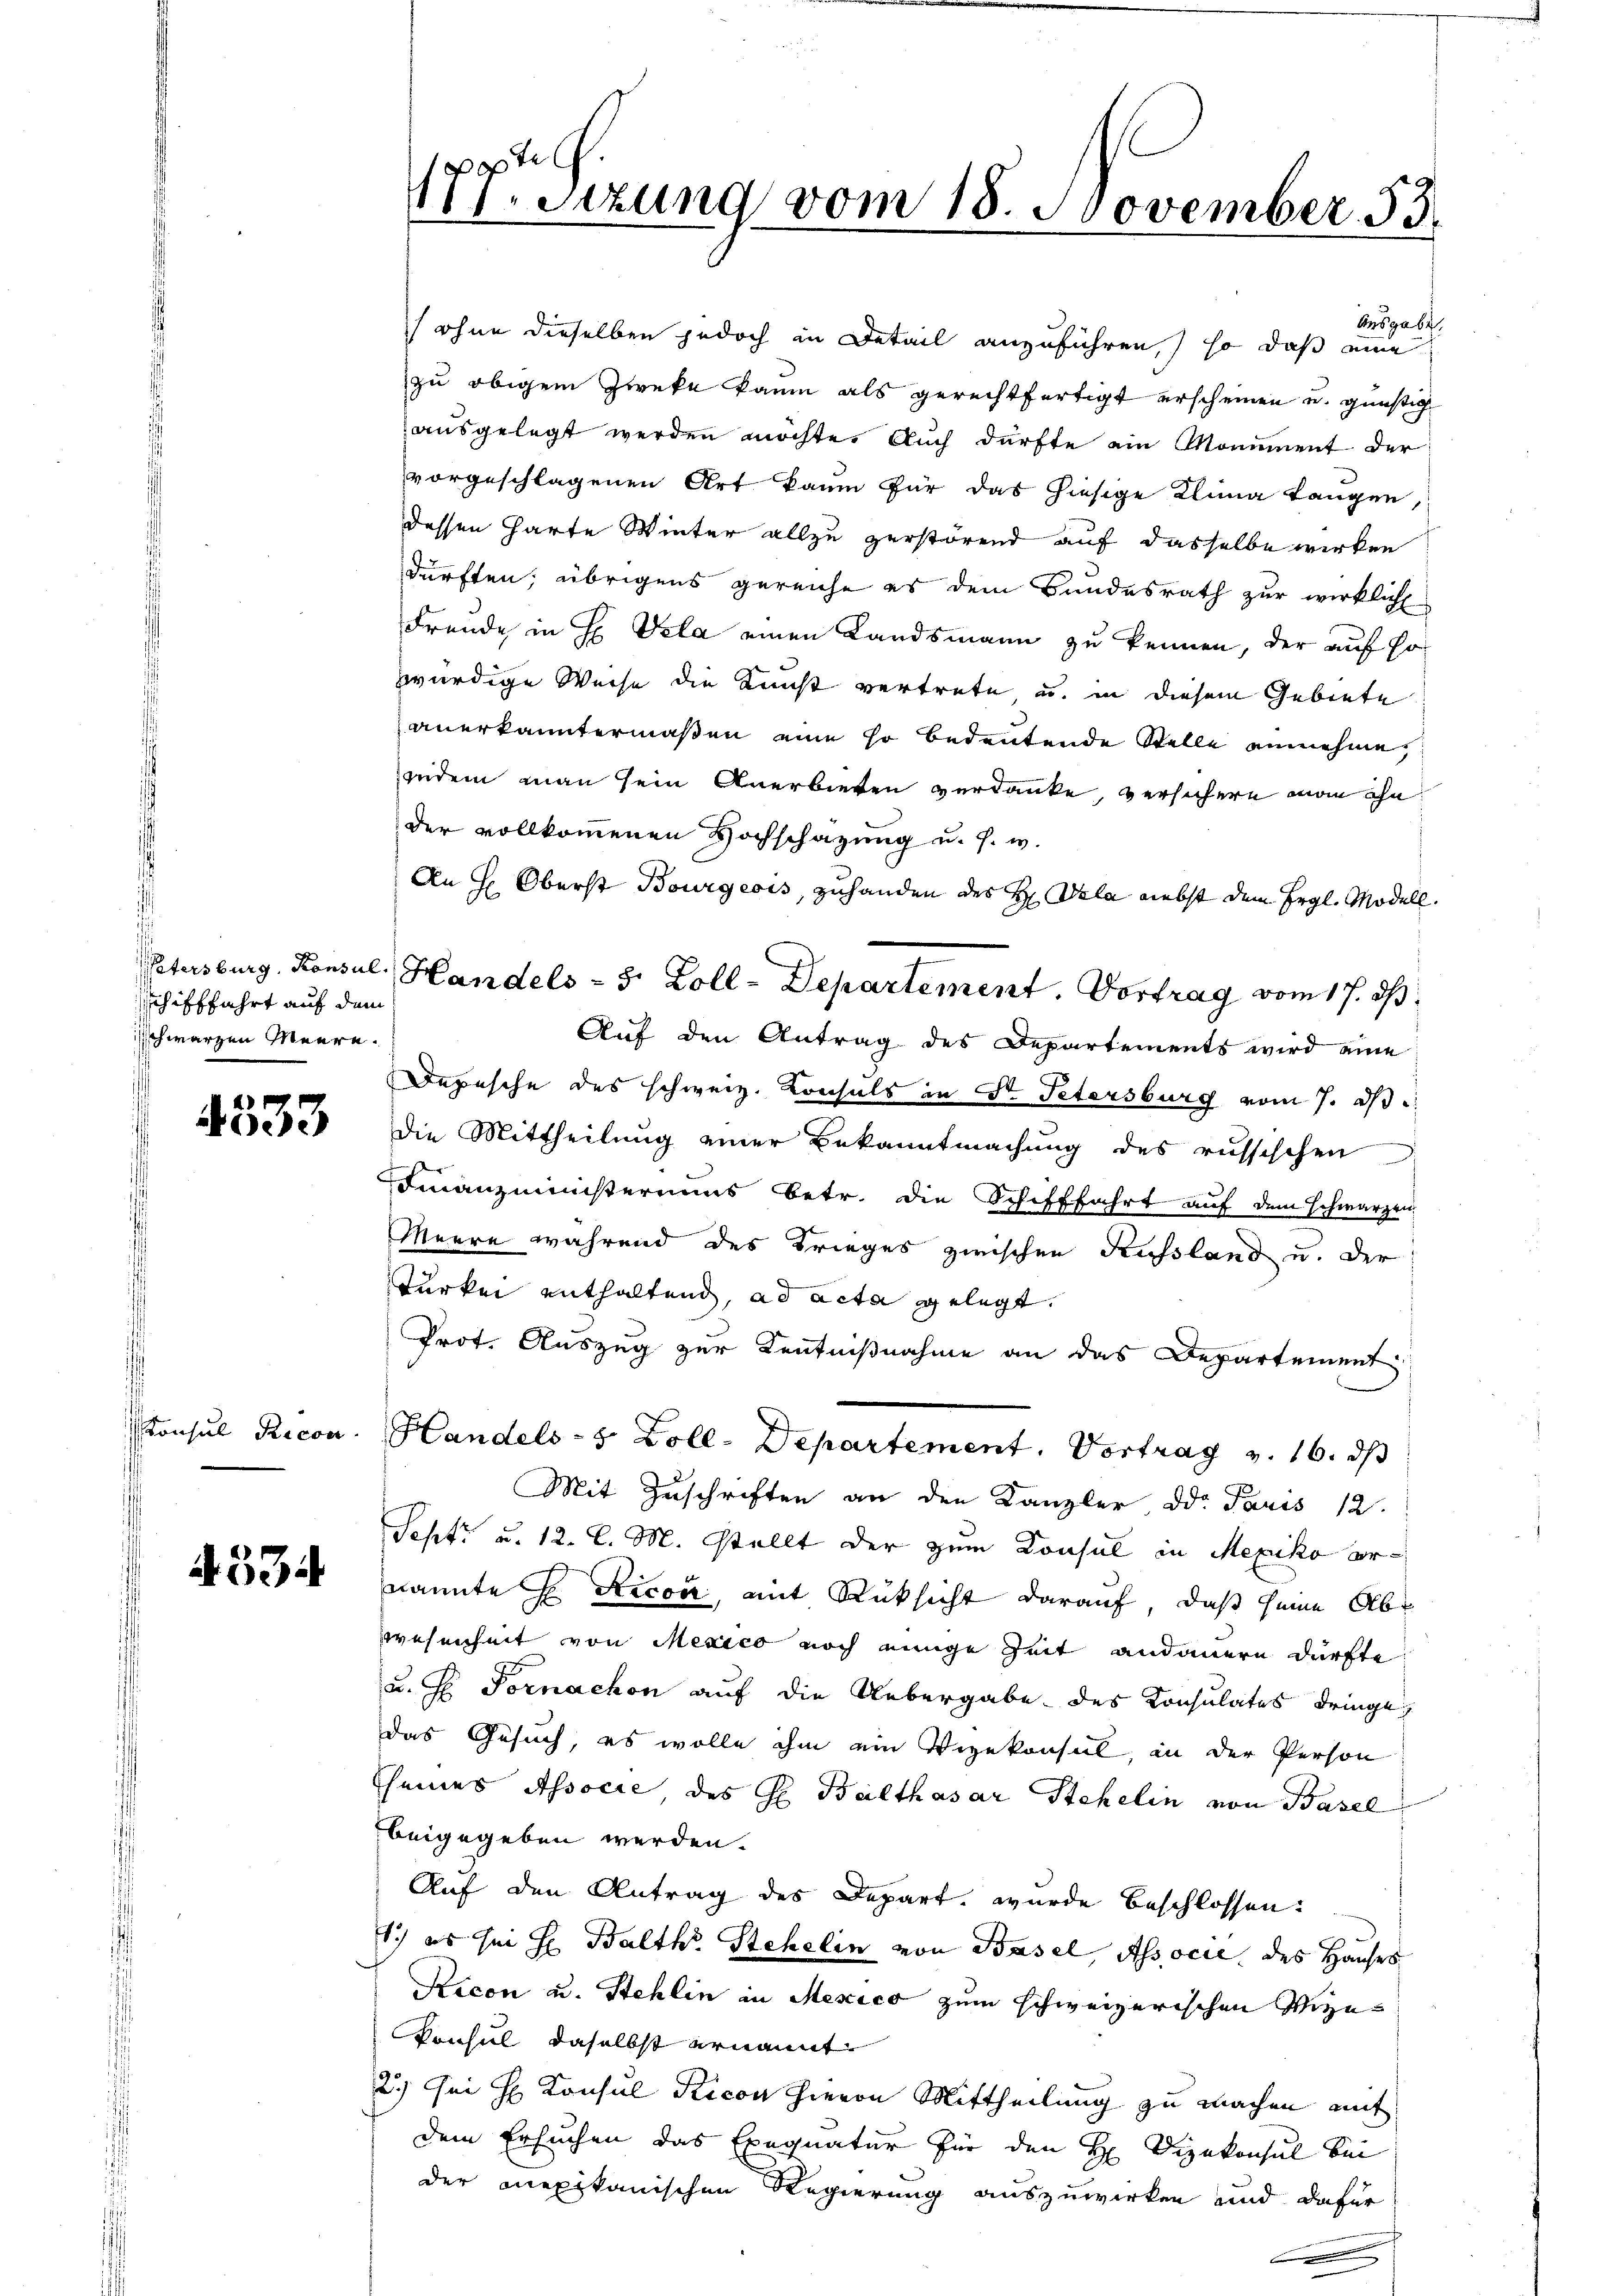
chifffahrt auf dem
schwarzen Meere.

4533

onsul Ricon

4334

177. Sizung vom 18. November 53.

der vollkommenen Hochschazung u. s. w.
An H: Oberst Bourgeois, zuhanden des H. Vala nebst dem Ergl. Modell.
Auf den Antrag des Departements wird eine
Depesche des schweiz. Konsuls in St. Petersburg vom 7. d.
Die Mittheilung einer Bekanntmachung des russischen
Finanzministeriums betr. die Schifffahrt auf dem schwarzen
Meere während des Krieges zwischen Kussland u. der
Turkei enthaltend, ad acta gelegt.
Prot. Auszug zur Kenntnißnahme an das Departement
Handels- 5 Zoll-Departement. Vortrag v. 16. ds
Mit Zuschriften an den Kanzler Dr. Paris 12.
Sept. u. 12. l. M. stellt der zum Konsul in Mexiko ernannte H. Ricon, mit Rüksicht darauf, daß seine Ab¬
Wesenheit von Mexico noch einige Zeit andauern dürfte
u. H. Fornachon auf die Uebergabe des Konsulates dringe,
das Gesuch, es wolle ihm ein Vizekonsul, in der Person
seines Associe, des H. Balthasar Stehelin von Basel
beigegeben werden.
Auf den Antrag des Depart wurde beschlossen:
1.) es sei H. Balth. Stehelin von Basel, Associe des Hauses
Kicon u. Stehlin in Mexico zum schweizerischen Vize
Konsul, daselbst ernannt
2.) Sei H. Konsul Ricon hievon Mittheilung zu machen mit
dem Ersuchen das Exequatur für den H. Vizekonsul bei
der mexikanischen Regierung auszuwirken und dafür

Ausgabe.
ohne dieselben jedoch in Detail anzuführen,) so daß eine
zu obigem Zweke kaum als gerechtfertigt erscheinen und günstig
ausgelegt werden möchte. Auch dürfte ein Monument der
vorgeschlagenen Art kaum für das hiesige Klina Langen,
dessen harte Winter allzu zerstörend auf dasselbe wirken
dürften; übrigens gereiche es dem Bundesrath zur wirklich
Freude in H Vela einen Landsmann zu kennen, der auf Ho
würdige Weise die Kricht vertrete u. in diesem Gebiete
anerkanntermaßen eine so bedeutende Stelle annehme,
zendem man sein Anerbieten verdanke, versichern man ihn

Petersburg, Konsul, Handels - 5 Zoll-Departement. Vortrag vom 17. ds.